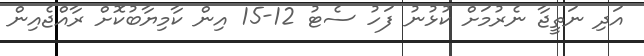
އަދި ނަތީޖާ ނެރުމަށް ކުޅުނު ފަހު ސެޓު 12-15 އިން ކާމިޔާބުކޮށް ރާއްޖެއިން